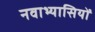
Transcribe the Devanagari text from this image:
नवाभ्यासियों